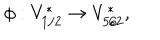
\phi : V _ { 1 / 2 } ^ { * } \rightarrow V _ { 5 / 2 } ^ { * } ,